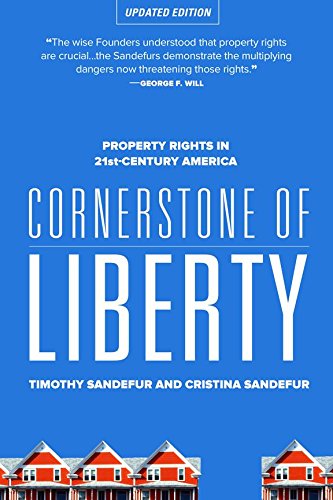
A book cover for Cornerstone of Liberty: Property Rights in 21st Century America; Timothy Sandefur; Law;